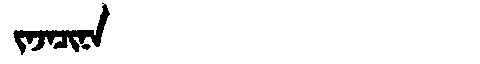
Manchu: ᠵᠠᠵᠠᠴᡳᠨᠠ
Romanization: JAJACINA